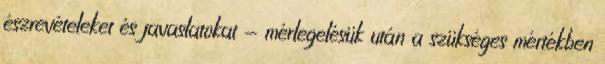
észrevételeket és javaslatokat - mérlegelésük után a szükséges mértékben